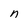
Character: n